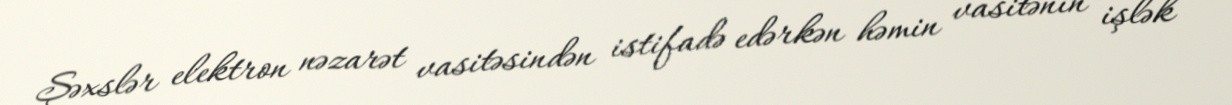
Şəxslər elektron nəzarət vasitəsindən istifadə edərkən həmin vasitənin işlək